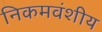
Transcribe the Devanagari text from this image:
निकमवंशीय